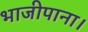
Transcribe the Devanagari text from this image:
भाजीपाना।